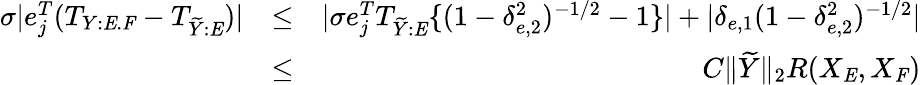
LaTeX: \begin{array}{rlr}{\sigma|e_{j}^{T}(T_{Y:\mathit{E}.\mathit{F}}-T_{\widetilde{Y}:\mathit{E}})|}&{\leq}&{|\sigma e_{j}^{T}T_{\widetilde{Y}:\mathit{E}}\{ (1-\delta_{e,2}^{2})^{-1/2}-1\} |+|\delta_{e,1}(1-\delta_{e,2}^{2})^{-1/2}|}\\ &{\leq}&{C\| \widetilde{Y}\| _{2}R(X_{\mathit{E}},X_{\mathit{F}})}\end{array}